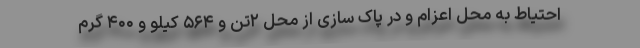
احتیاط به محل اعزام و در پاک سازی از محل ۲تن و ۵۶۴ کیلو و ۴۰۰ گرم